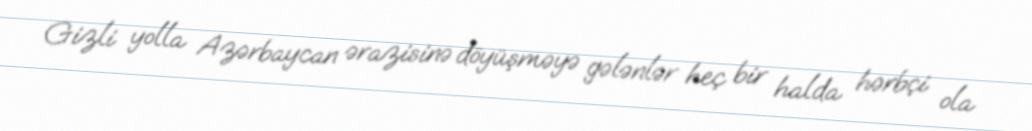
Gizli yolla Azərbaycan ərazisinə döyüşməyə gələnlər heç bir halda hərbçi ola